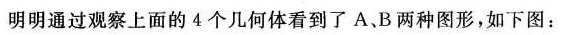
明明通过观察上面的4个几何体看到了A、B两种图形，如下图：